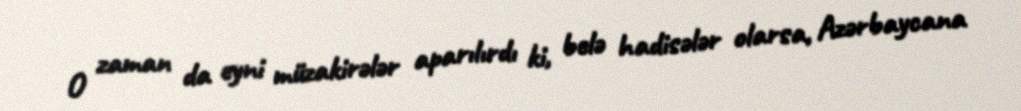
O zaman da eyni müzakirələr aparılırdı ki, belə hadisələr olarsa, Azərbaycana